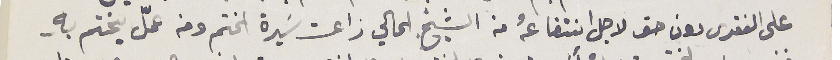
على الفقرى دون حق لاجل انتفاعهُ من الشيخ الحالي زاعت سَيرة الختم ومن عمّل يختم بهِ.